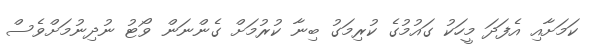
ކަމަށާއި އެފަދަ މީހަކު ގައުމުގެ ކުރިމަގު ބިނާ ކުރުމަށް ގެންނަން ވޯޓު ނުދިނުމަށްވެސް